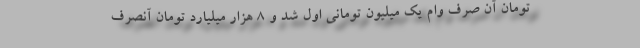
تومان آن صرف وام یک میلیون تومانی اول شد و ۸ هزار میلیارد تومان آنصرف